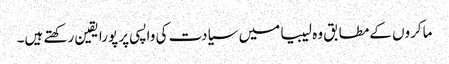
ماکروں کےمطابق وہ لیبیا میں سیادت کی واپسی پر پورا یقین رکھتے ہیں۔